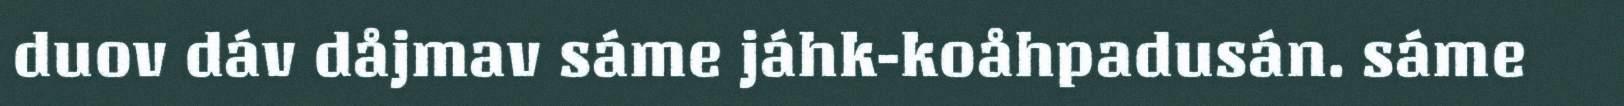
duov dáv dåjmav sáme jáhk-koåhpadusán. sáme